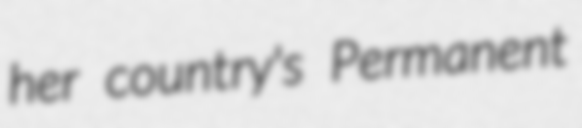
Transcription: her country's Permanent